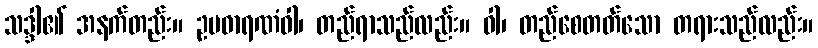
သဒ္ဒါ၏ အနက်တည်း။ ဥပဓာရဏံဝါ၊ တည်ရာသည်လည်း။ ဝါ၊ တည်စေတတ်သော တရားသည်လည်း။